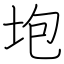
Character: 垉